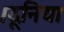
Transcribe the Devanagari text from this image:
।दूनिया